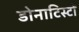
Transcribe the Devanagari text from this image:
डोनाटिस्टों